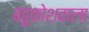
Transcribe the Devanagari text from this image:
बहुकोशवाला